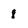
Character: 8